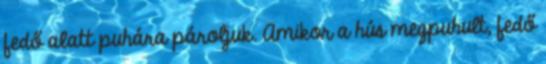
fedő alatt puhára pároljuk. Amikor a hús megpuhult, fedő